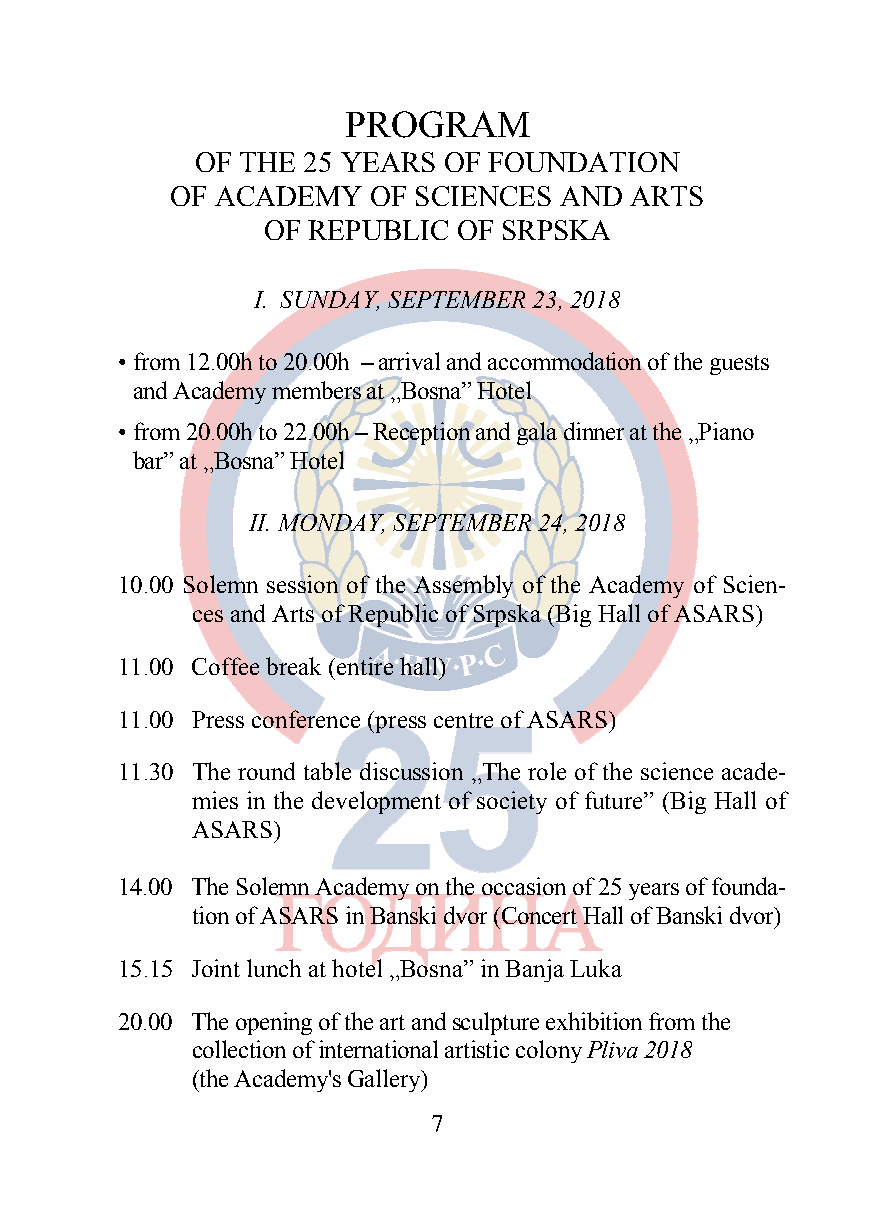
PROGRAM
 OF THE 25 YEARS OF FOUNDATION
 OF ACADEMY   OF SCIENCES  AND  ARTS
 OF REPUBLIC  OF SRPSKA
 I. SUNDAY, SEPTEMBER 23, 2018
 • from 12.00h to 20.00h – arrival and accommodation of the guests
 and Academy members at „Bosna” Hotel
 • from 20.00h to 22.00h – Reception and gala dinner at the „Piano
 bar” at „Bosna” Hotel
 II. MONDAY, SEPTEMBER 24, 2018
 10.00 Solemn session of the Assembly of the Academy of Scien-
 ces and Arts of Republic of Srpska (Big Hall of ASARS)
 11.00 Coffee break (entire hall)
 11.00 Press conference (press centre of ASARS)
 11.30 The round table discussion „The role of the science acade-
 mies in the development of society of future” (Big Hall of
 ASARS)
 14.00 The Solemn Academy on the occasion of 25 years of founda-
 tion of ASARS in Banski dvor (Concert Hall of Banski dvor)
 15.15 Joint lunch at hotel „Bosna” in Banja Luka
 20.00 The opening of the art and sculpture exhibition from the
 collection of international artistic colony Pliva 2018
 (the Academy's Gallery)
 7